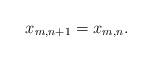
LaTeX: \begin{align*}x_{m,n+1}=x_{m,n}.\end{align*}